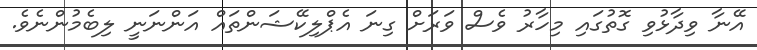
އޭނާ ވިދާޅުވި ގޮތުގައި މިހާރު ވެސް ވަރަށް ގިނަ އެޕްލިކޭޝަންތައް އަންނަނީ ލިބެމުންނެވެ.